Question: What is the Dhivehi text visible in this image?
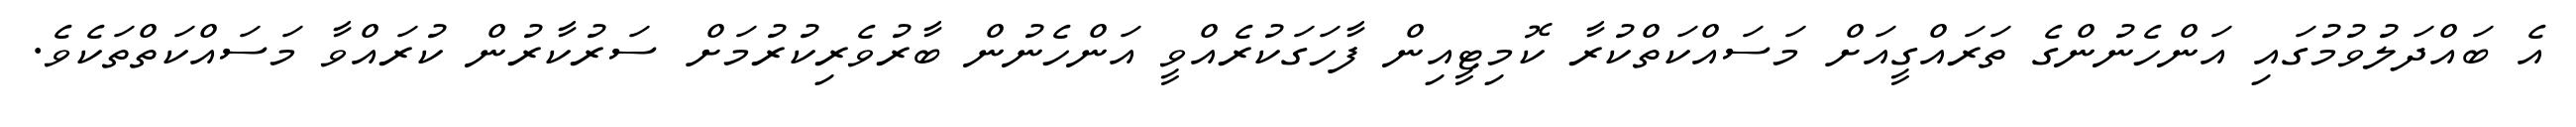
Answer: އެ ބައްދަލުވުމުގައި އަންހެނުންގެ ތަރައްގީއަށް މަސައްކަތްކުރާ ކޮމިޓީއިން ފާހަގަކުރެއްވީ އަންހެނުން ބާރުވެރިކުރުމަށް ސަރުކާރުން ކުރައްވާ މަސައްކަތްތަކެވެ.